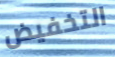
التخفيض